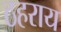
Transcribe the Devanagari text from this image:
ठहराय